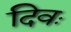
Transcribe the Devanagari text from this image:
दिवः